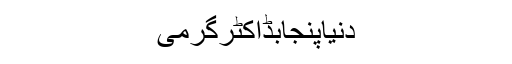
دنیاپنجابڈاکٹرگرمی